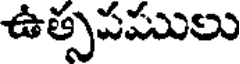
ఉత్సపములు